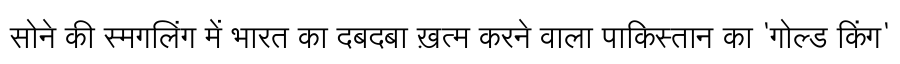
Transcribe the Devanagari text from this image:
सोने की स्मगलिंग में भारत का दबदबा ख़त्म करने वाला पाकिस्तान का 'गोल्ड किंग'